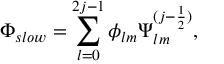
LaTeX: \Phi _ { s l o w } = \sum _ { l = 0 } ^ { 2 j - 1 } \phi _ { l m } \Psi _ { l m } ^ { ( j - \frac { 1 } { 2 } ) } ,